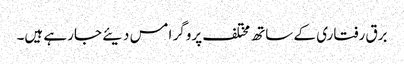
برق رفتاری کے ساتھ مختلف پروگر امس دیئے جارہے ہیں۔